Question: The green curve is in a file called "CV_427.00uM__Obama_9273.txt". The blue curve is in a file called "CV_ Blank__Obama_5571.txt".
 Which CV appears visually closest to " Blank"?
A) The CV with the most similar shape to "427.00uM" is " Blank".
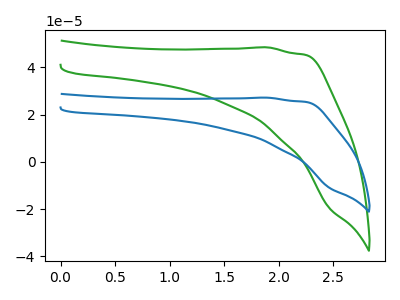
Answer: <think>The green curve "427.00uM" has no peaks. The blue curve " Blank" has no peaks.
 Neither "427.00uM" or " Blank" have any peaks.</think>
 <answer>A) The CV with the most similar shape to "427.00uM" is " Blank".</answer>
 <eval>A</eval>